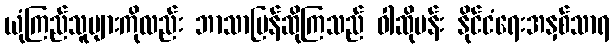
ယုံကြည်သူများကိုလည်း ဘာသာပြန်ဆိုကြသည် ဝါဆိုပန်း နိုင်ငံရေးအနှစ်သာရ